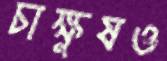
চাক্ষুষও